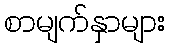
စာမျက်နှာများ